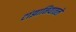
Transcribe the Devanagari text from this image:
टांझानियातले